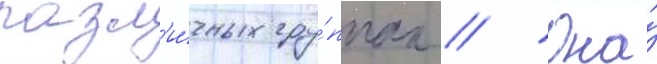
разл'и́чных гру́ппах // Она́